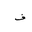
Letter: _fa